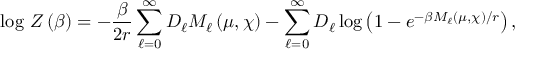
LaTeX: \log \, Z \left( \beta \right) = - \frac { \beta } { 2 r } \sum _ { \ell = 0 } ^ { \infty } D _ { \ell } M _ { \ell } \left( \mu , \chi \right) - \sum _ { \ell = 0 } ^ { \infty } D _ { \ell } \log \left( 1 - e ^ { - \beta M _ { \ell } \left( \mu , \chi \right) / r } \right) ,